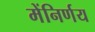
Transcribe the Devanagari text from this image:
मेंनिर्णय